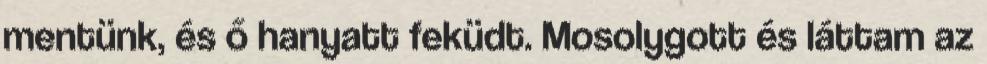
mentünk, és ő hanyatt feküdt. Mosolygott és láttam az